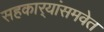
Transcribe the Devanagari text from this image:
सहकार्‍यांसमवेत